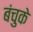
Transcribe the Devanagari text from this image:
बंचुके